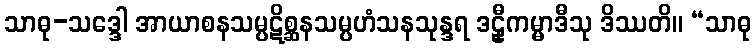
သာဓု-သဒ္ဒေါ အာယာစနသမ္ပဋိစ္ဆနသမ္ပဟံသနသုန္ဒရ ဒဠှီကမ္မာဒီသု ဒိဿတိ။ “သာဓု